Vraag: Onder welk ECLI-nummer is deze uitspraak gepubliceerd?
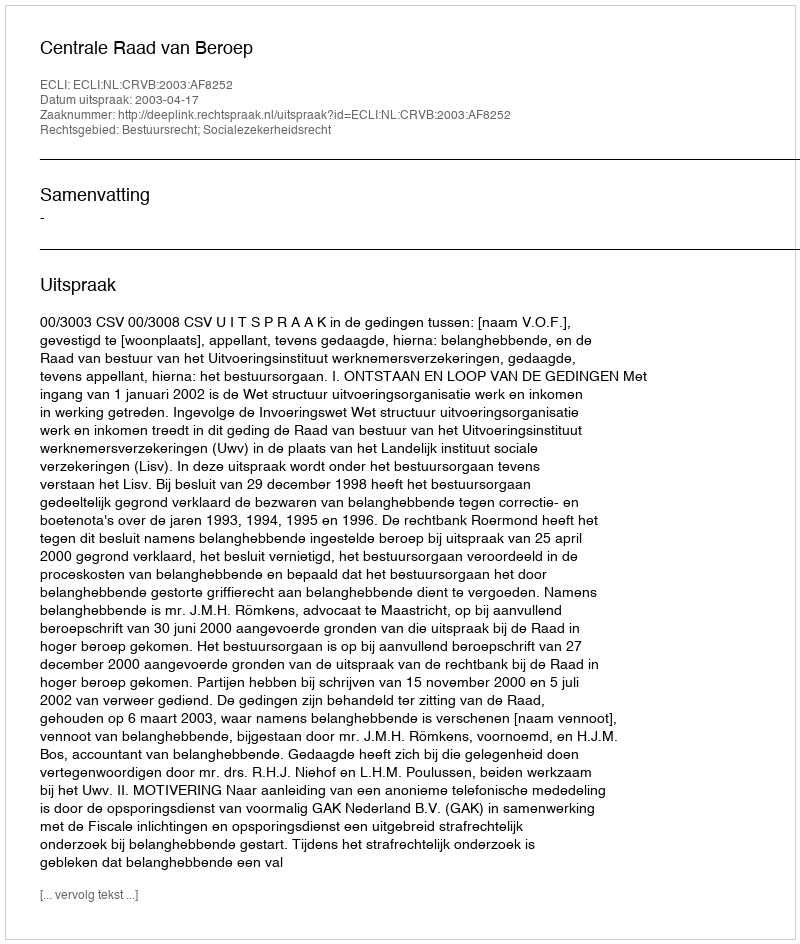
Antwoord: ECLI:NL:CRVB:2003:AF8252